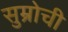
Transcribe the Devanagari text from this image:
सुम्रोची